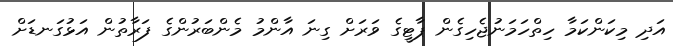
އަދި މިކަންކަމާ ހިތްހަމަނުޖެހިގެން ޕާޓީގެ ވަަރަށް ގިނަ އާންމު މެންބަރުންގެ ފަރާތުން އަޅުގަނޑަށް